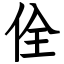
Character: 佺